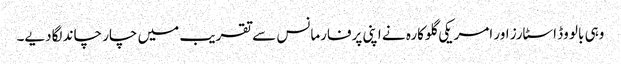
وہی بالو وڈ اسٹارز اور امریکی گلوکارہ نے اپنی پرفارمانس سے تقریب میں چار چاند لگادیے۔